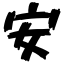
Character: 安